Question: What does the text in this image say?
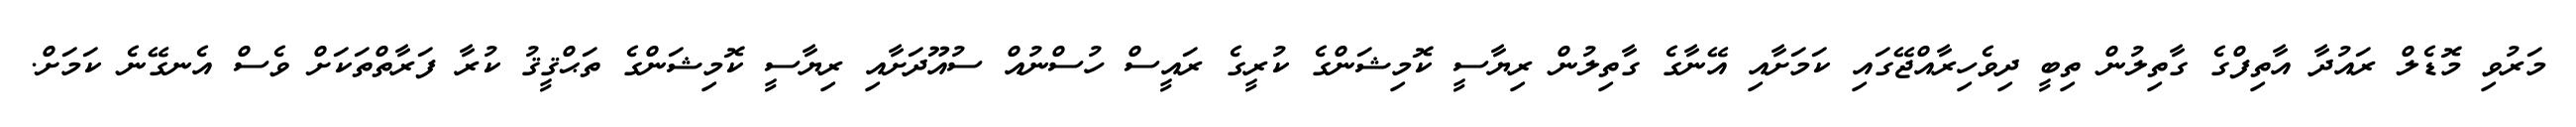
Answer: މަރުވި މޮޑެލް ރައުދާ އާތިފްގެ ގާތިލުން ތިބީ ދިވެހިރާއްޖޭގައި ކަމަށާއި އޭނާގެ ގާތިލުން ރިޔާސީ ކޮމިޝަންގެ ކުރީގެ ރައީސް ހުސްނުއް ސުއޫދަށާއި ރިޔާސީ ކޮމިޝަންގެ ތަޙްޤީޤު ކުރާ ފަރާތްތަކަށް ވެސް އެނގޭނެ ކަމަށް.